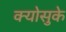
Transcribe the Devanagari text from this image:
क्योसुके